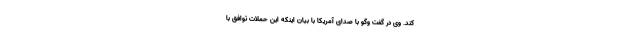
کند. وی در گفت وگو با صدای آمریکا با بیان اینکه این حملات توافق با